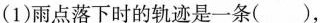
(1)雨点落下时的轨迹是一条()，